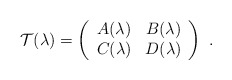
\begin{align*} {\cal T}(\lambda) = \left(\begin{array}{cc} A(\lambda) & B(\lambda) \\ C(\lambda) & D(\lambda) \end{array} \right)\ .\end{align*}